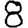
Digit: 8